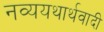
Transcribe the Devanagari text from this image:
नव्ययथार्थवादी